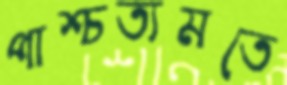
পাশ্চত্যমতে